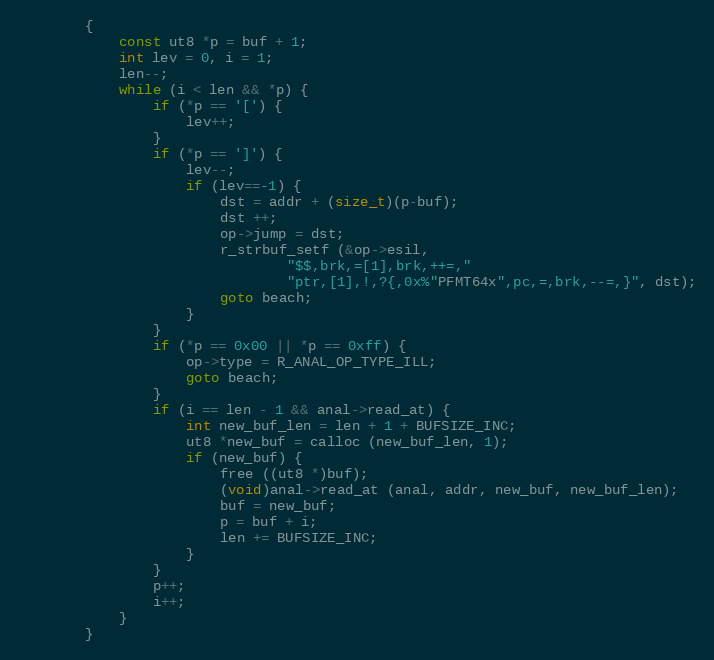
Language: C
		{
			const ut8 *p = buf + 1;
			int lev = 0, i = 1;
			len--;
			while (i < len && *p) {
				if (*p == '[') {
					lev++;
				}
				if (*p == ']') {
					lev--;
					if (lev==-1) {
						dst = addr + (size_t)(p-buf);
						dst ++;
						op->jump = dst;
						r_strbuf_setf (&op->esil,
								"$$,brk,=[1],brk,++=,"
								"ptr,[1],!,?{,0x%"PFMT64x",pc,=,brk,--=,}", dst);
						goto beach;
					}
				}
				if (*p == 0x00 || *p == 0xff) {
					op->type = R_ANAL_OP_TYPE_ILL;
					goto beach;
				}
				if (i == len - 1 && anal->read_at) {
					int new_buf_len = len + 1 + BUFSIZE_INC;
					ut8 *new_buf = calloc (new_buf_len, 1);
					if (new_buf) {
						free ((ut8 *)buf);
						(void)anal->read_at (anal, addr, new_buf, new_buf_len);
						buf = new_buf;
						p = buf + i;
						len += BUFSIZE_INC;
					}
				}
				p++;
				i++;
			}
		}